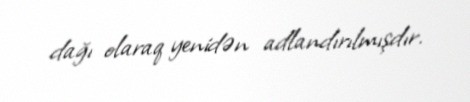
dağı olaraq yenidən adlandırılmışdır.